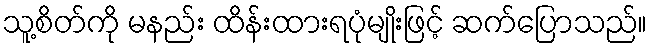
သူ့စိတ်ကို မနည်း ထိန်းထားရပုံမျိုးဖြင့် ဆက်ပြောသည်။